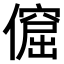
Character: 𠏅